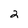
Character: 2